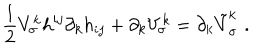
\frac { 1 } { 2 } V _ { \sigma } ^ { k } h ^ { i j } \partial _ { k } h _ { i j } + \partial _ { k } V _ { \sigma } ^ { k } = \partial _ { k } \tilde { V } _ { \sigma } ^ { k } \, \, .